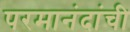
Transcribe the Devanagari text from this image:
परमानंदांची